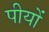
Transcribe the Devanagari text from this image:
पीयों